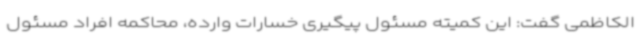
الکاظمی گفت: این کمیته مسئول پیگیری خسارات وارده، محاکمه افراد مسئول